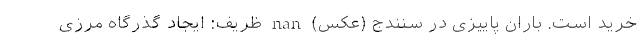
خرید است. باران پاییزی در سنندج (عکس) nan ظریف: ایجاد گذرگاه مرزی